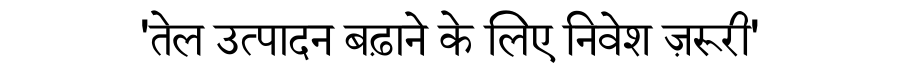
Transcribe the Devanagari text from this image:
'तेल उत्पादन बढ़ाने के लिए निवेश ज़रूरी'